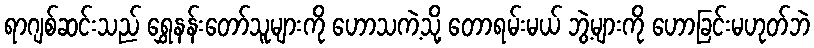
ရာဂျစ်ဆင်းသည် ရွှေနန်းတော်သူများကို ဟောသကဲ့သို့ တောရမ်းမယ် ဘွဲ့များကို ဟောခြင်းမဟုတ်ဘဲ